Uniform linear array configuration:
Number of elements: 64
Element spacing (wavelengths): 0.5
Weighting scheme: hamming
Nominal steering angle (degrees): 30
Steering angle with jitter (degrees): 31.617
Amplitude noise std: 0.05
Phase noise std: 0.05

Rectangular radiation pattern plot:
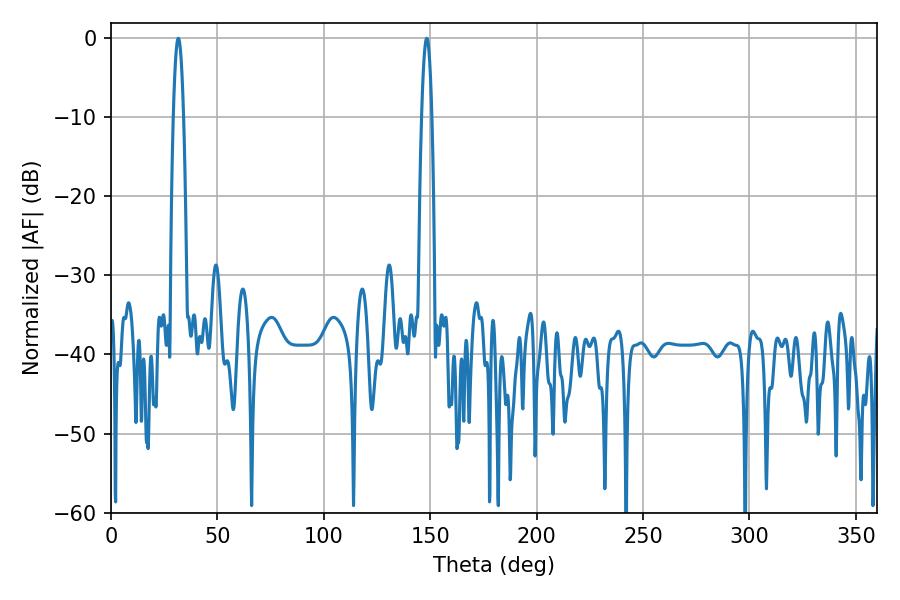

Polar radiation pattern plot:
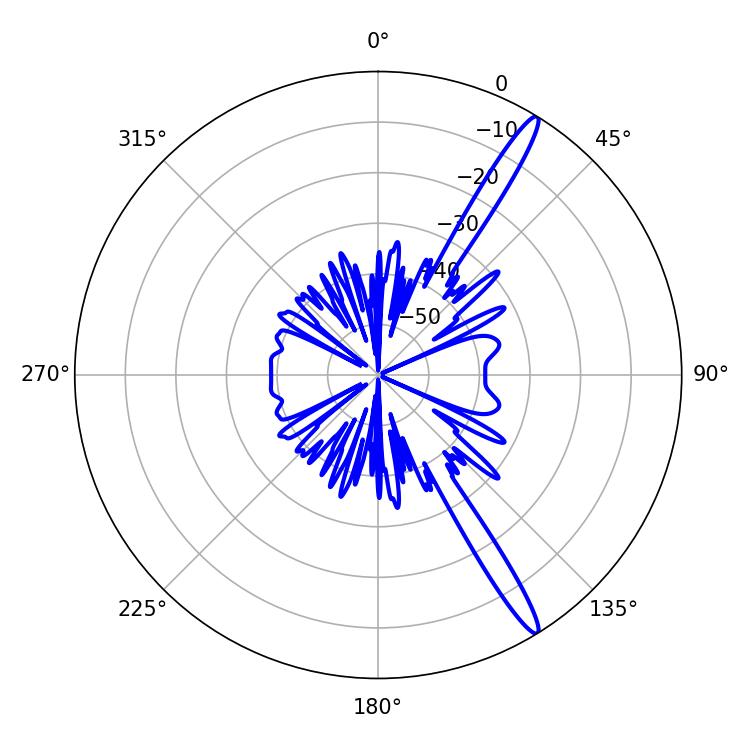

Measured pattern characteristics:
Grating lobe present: FALSE
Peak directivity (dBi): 15.751
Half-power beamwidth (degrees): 2.52
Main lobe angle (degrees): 31.68